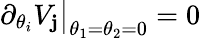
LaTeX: \partial_{\theta_{i}}V_{\mathbf{j}}\big|_{\theta_{1}=\theta_{2}=0}=0